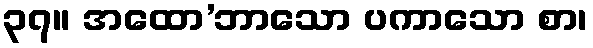
၃၇။ အထော’ဘာသော ပကာသော စာ၊